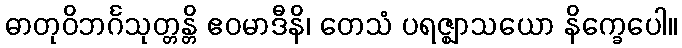
ဓာတုဝိဘင်္ဂသုတ္တန္တိ ဧဝမာဒီနိ၊ တေသံ ပရဇ္ဈာသယော နိက္ခေပေါ။